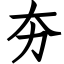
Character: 夯